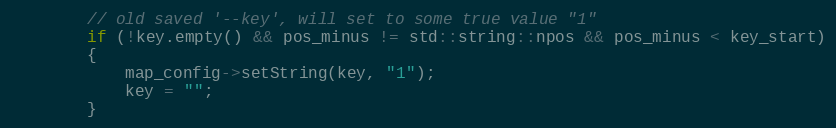
Language: C++
        // old saved '--key', will set to some true value "1"
        if (!key.empty() && pos_minus != std::string::npos && pos_minus < key_start)
        {
            map_config->setString(key, "1");
            key = "";
        }